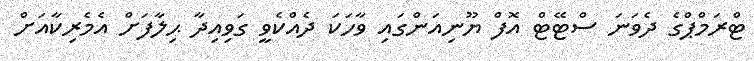
ޓްރަމްޕްގެ ދެވަނަ ސްޓޭޓް އޮފް ޔޫނިއަންގައި ވާހަކަ ދެއްކެވީ ގަވިއިދާ ޙިލާފަށް އެމެރިކާއަށް